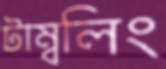
টাম্বলিং